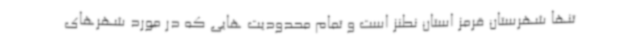
تنها شهرستان قرمز استان نطنز است و تمام محدودیت هایی که در مورد شهرهای